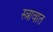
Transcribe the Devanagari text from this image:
स्त्रावात